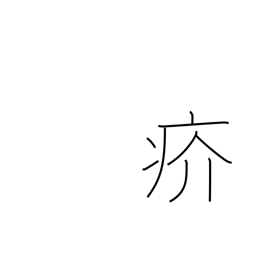
Meaning: scabby eruption